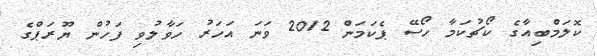
ކޮލަމްބިއާގެ ކޯޗުކަމާ ހޯސޭ ޕެކަމަން 2012 ވަނަ އަހަރު ހަވާލުވި ފަހުން ޔޫރަޕްގެ